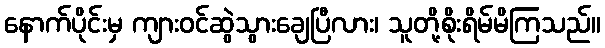
နောက်ပိုင်းမှ ကျားဝင်ဆွဲသွားချေပြီလား၊ သူတို့စိုးရိမ်မိကြသည်။